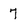
Character: 7